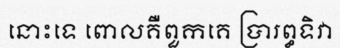
នោះទេ ពោលគឺពួកគេ ប្រារព្ធទិវា